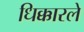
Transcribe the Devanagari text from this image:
धिक्कारले